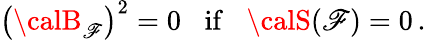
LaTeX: \left({\calB}_{{\cal\mathscr{F}}}\right)^{2}=0\; \; \; {\mathrm{{if}}}\; \; \; {\calS}({\cal\mathscr{F}})=0\, .